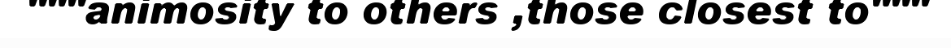
"""animosity to others ,those closest to"""